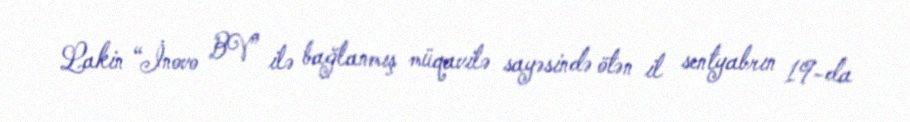
Lakin “İnovo BV” ilə bağlanmış müqavilə sayəsində ötən il sentyabrın 19-da